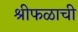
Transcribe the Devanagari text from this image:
श्रीफळाची